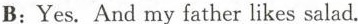
B:Yes.And my father likes salad.